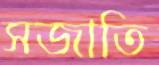
সজাতি